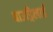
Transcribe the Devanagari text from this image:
बाउड्रिलार्ड